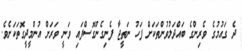
ދެ ގައުމުގެ ވެރިންގެ ބައްދަލުވުންތަކަށް ފަހު ނަތީޖާ ފެނިގެންގޮސްފައި ވަނީ ވަރަށް އުންމީދީގޮތަކަށެވެ.